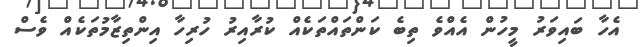
އެހާ ބައިވަރު މީހުން އެއްވެ ތިބެ ކަންތައްތަކެއް ކުރާއިރު ހުރިހާ އިންތިޒާމުތަކެއް ވެސް